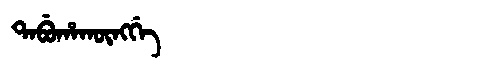
Manchu: ᡨᠠᠪᡠᡥᠠᡴᡡᠩᡤᡝ
Romanization: TABUHAKŪNGGE